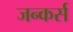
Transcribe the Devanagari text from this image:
जन्कर्स